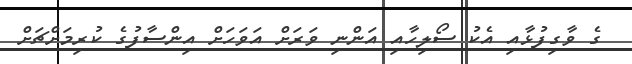
ގެ ވާގިފުޅާއި އެކު ސޯލިހާއި އަންނި ވަރަށް އަވަހަށް އިންސާފުގެ ކުރިމަށްޗަށް